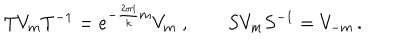
LaTeX: T V _ { m } T ^ { - 1 } = e ^ { - \frac { 2 \pi i } { k } m } V _ { m } \; , \qquad S V _ { m } S ^ { - 1 } = V _ { - m } \, .